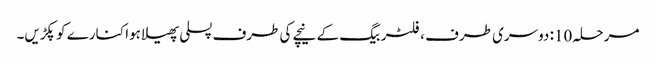
مرحلہ 10: دوسری طرف ، فلٹر بیگ کے نیچے کی طرف پسلی پھیلا ہوا کنارے کو پکڑیں۔